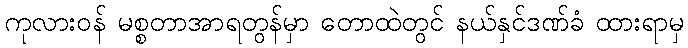
ကုလားဝန် မစ္စတာအာရတွန်မှာ တောထဲတွင် နယ်နှင်ဒဏ်ခံ ထားရာမှ